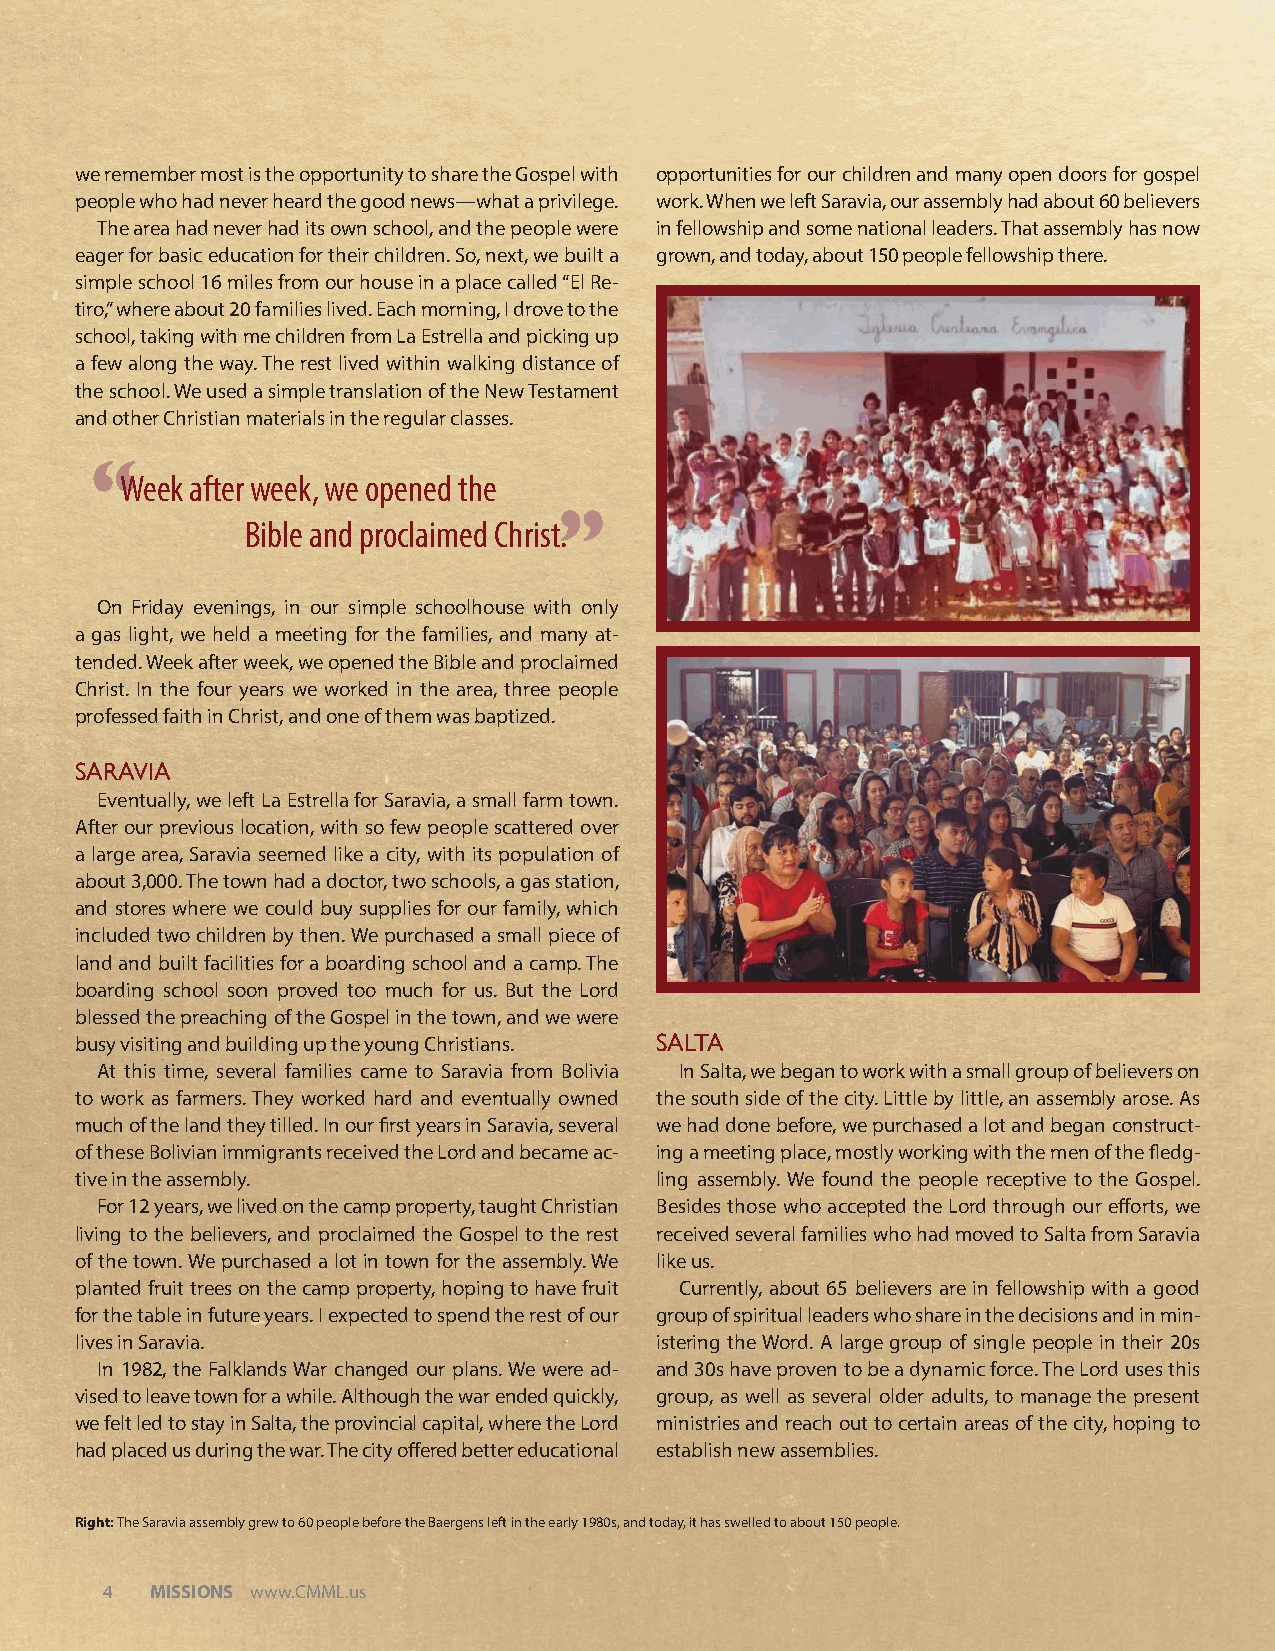
we remember most is the opportunity to share the Gospel with opportunities for our children and many open doors for gospel
 people who had never heard the good news—what a privilege. work. When we left Saravia, our assembly had about 60 believers
 The area had never had its own school, and the people were in fellowship and some national leaders. That assembly has now
 eager for basic education for their children. So, next, we built a grown, and today, about 150 people fellowship there.
 simple school 16 miles from our house in a place called “El Re-
 tiro,” where about 20 families lived. Each morning, I drove to the
 school, taking with me children from La Estrella and picking up
 a few along the way. The rest lived within walking distance of
 the school. We used a simple translation of the New Testament
 and other Christian materials in the regular classes.
 “ Week after week, we opened the
 Bible and proclaimed Christ”.
 On Friday evenings, in our simple schoolhouse with only
 a gas light, we held a meeting for the families, and many at-
 tended. Week after week, we opened the Bible and proclaimed
 Christ. In the four years we worked in the area, three people
 professed faith in Christ, and one of them was baptized.
 SARAVIA
 Eventually, we left La Estrella for Saravia, a small farm town.
 After our previous location, with so few people scattered over
 a large area, Saravia seemed like a city, with its population of
 about 3,000. The town had a doctor, two schools, a gas station,
 and stores where we could buy supplies for our family, which
 included two children by then. We purchased a small piece of
 land and built facilities for a boarding school and a camp. The
 boarding school soon proved too much for us. But the Lord
 blessed the preaching of the Gospel in the town, and we were
 busy visiting and building up the young Christians. SALTA
 At this time, several families came to Saravia from Bolivia In Salta, we began to work with a small group of believers on
 to work as farmers. They worked hard and eventually owned the south side of the city. Little by little, an assembly arose. As
 much of the land they tilled. In our fi rst years in Saravia, several we had done before, we purchased a lot and began construct-
 of these Bolivian immigrants received the Lord and became ac- ing a meeting place, mostly working with the men of the fl edg-
 tive in the assembly.                 ling assembly. We found the people receptive to the Gospel.
 For 12 years, we lived on the camp property, taught Christian Besides those who accepted the Lord through our eff orts, we
 living to the believers, and proclaimed the Gospel to the rest received several families who had moved to Salta from Saravia
 of the town. We purchased a lot in town for the assembly. We like us.
 planted fruit trees on the camp property, hoping to have fruit Currently, about 65 believers are in fellowship with a good
 for the table in future years. I expected to spend the rest of our group of spiritual leaders who share in the decisions and in min-
 lives in Saravia.                     istering the Word. A large group of single people in their 20s
 In 1982, the Falklands War changed our plans. We were ad- and 30s have proven to be a dynamic force. The Lord uses this
 vised to leave town for a while. Although the war ended quickly, group, as well as several older adults, to manage the present
 we felt led to stay in Salta, the provincial capital, where the Lord ministries and reach out to certain areas of the city, hoping to
 had placed us during the war. The city off ered better educational establish new assemblies.
 Right: The Saravia assembly grew to 60 people before the Baergens left in the early 1980s, and today, it has swelled to about 150 people.
 4  MISSIONS www.CMML.us